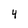
Character: 4